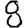
Digit: 8